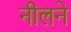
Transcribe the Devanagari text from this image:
नीलने